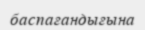
баспағандығына